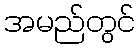
အမည်တွင်